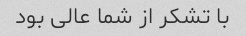
با تشکر از شما عالی بود